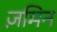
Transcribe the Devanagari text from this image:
ज़मिन